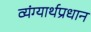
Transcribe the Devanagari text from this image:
व्यंग्यार्थप्रधान